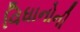
વિધાનોની